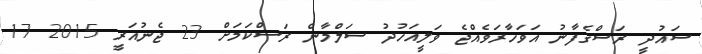
ސައުދީ ރަސްގެފާނު އަވަހާރަވެއްޖެ ވަލީއަހުދު ސަލްމާން ރަސްކަމަށް 23 ޖެނުއަރީ 2015 17